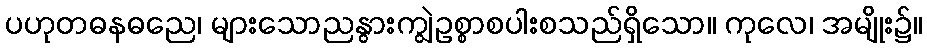
ပဟုတဓနဓညေ၊ များသောညနွားကျွဲဥစ္စာစပါးစသည်ရှိသော။ ကုလေ၊ အမျိုး၌။